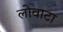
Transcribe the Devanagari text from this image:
लोवाटा